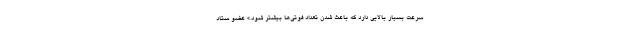
سرعت بسیار بالایی دارد که باعث شدن تعداد فوتی‌ها بیشتر شود.» عضو ستاد